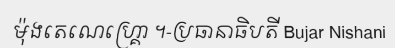
ម៉ុងតេណេហ្គ្រោ ។-ប្រធានាធិបតី Bujar Nishani